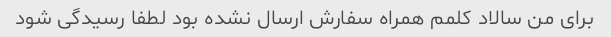
برای من سالاد کلمم همراه سفارش ارسال نشده بود لطفا رسیدگی شود